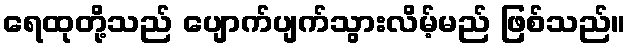
ရေထုတို့သည် ပျောက်ပျက်သွားလိမ့်မည် ဖြစ်သည်။